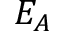
E _ { A }